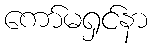
ကော်မရှင်နာ